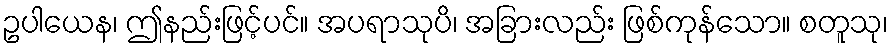
ဥပါယေန၊ ဤနည်းဖြင့်ပင်။ အပရာသုပိ၊ အခြားလည်း ဖြစ်ကုန်သော။ စတူသု၊